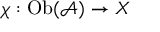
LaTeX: \chi : \mathrm { O b } ( { \mathcal { A } } ) \to X